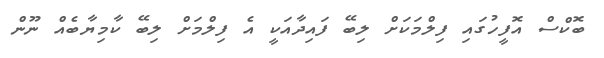
ބޮކްސް އޮފީހުގައި ފިލްމަކަށް ލިބޭ ފައިދާއަކީ އެ ފިލްމަށް ލިބޭ ކާމިޔާބެއް ނޫން